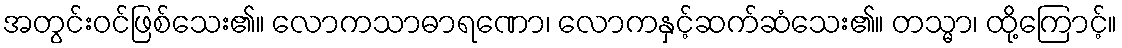
အတွင်းဝင်ဖြစ်သေး၏။ လောကသာဓာရဏော၊ လောကနှင့်ဆက်ဆံသေး၏။ တသ္မာ၊ ထို့ကြောင့်။